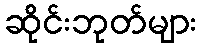
ဆိုင်းဘုတ်များ